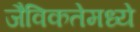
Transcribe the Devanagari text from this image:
जैविकतेमध्ये